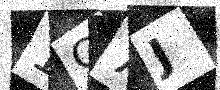
Text: 1G7J